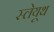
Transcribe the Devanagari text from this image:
स्लेयूथ